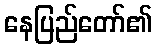
နေပြည်တော်၏